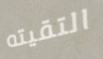
التقيته